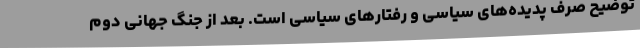
توضیح صرف پدیده‌های سیاسی و رفتارهای سیاسی است. بعد از جنگ جهانی دوم